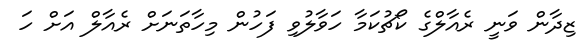
ޒިދާން ވަނީ ރެއާލްގެ ކޯޗުކަމާ ހަވާލުވި ފަހުން މިހާތަނަށް ރެއާލް އަށް ހަ